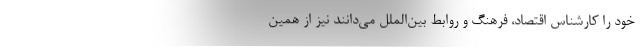
خود را کارشناس اقتصاد، فرهنگ و روابط بین‌الملل می‌دانند نیز از همین